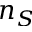
n _ { S }